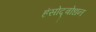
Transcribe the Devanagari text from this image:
हंसोद्बोधन